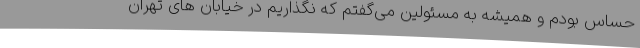
حساس بودم و همیشه به مسئولین می‌گفتم که نگذاریم در خیابان های تهران